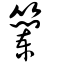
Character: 籣